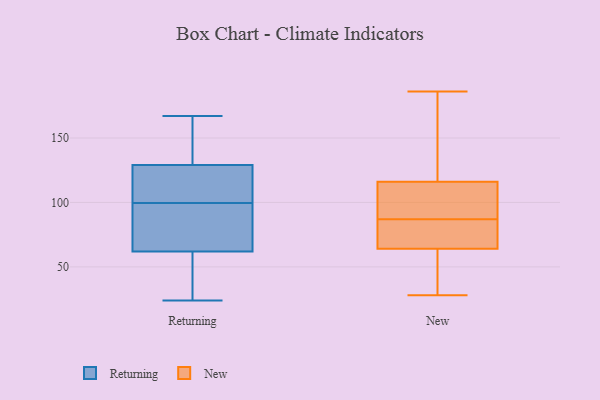
{"axis": {"x": "Market Share (%)", "y": "Value"}, "legend": ["New", "Returning"], "data": [{"x": "", "y": 54, "type": "Returning"}, {"x": "", "y": 102, "type": "Returning"}, {"x": "", "y": 123, "type": "Returning"}, {"x": "", "y": 116, "type": "Returning"}, {"x": "", "y": 129, "type": "Returning"}, {"x": "", "y": 153, "type": "Returning"}, {"x": "", "y": 24, "type": "Returning"}, {"x": "", "y": 123, "type": "Returning"}, {"x": "", "y": 34, "type": "Returning"}, {"x": "", "y": 97, "type": "Returning"}, {"x": "", "y": 136, "type": "Returning"}, {"x": "", "y": 167, "type": "Returning"}, {"x": "", "y": 91, "type": "Returning"}, {"x": "", "y": 84, "type": "Returning"}, {"x": "", "y": 38, "type": "Returning"}, {"x": "", "y": 97, "type": "Returning"}, {"x": "", "y": 62, "type": "Returning"}, {"x": "", "y": 149, "type": "Returning"}, {"x": "", "y": 73, "type": "New"}, {"x": "", "y": 143, "type": "New"}, {"x": "", "y": 116, "type": "New"}, {"x": "", "y": 112, "type": "New"}, {"x": "", "y": 139, "type": "New"}, {"x": "", "y": 97, "type": "New"}, {"x": "", "y": 84, "type": "New"}, {"x": "", "y": 186, "type": "New"}, {"x": "", "y": 90, "type": "New"}, {"x": "", "y": 28, "type": "New"}, {"x": "", "y": 79, "type": "New"}, {"x": "", "y": 64, "type": "New"}, {"x": "", "y": 58, "type": "New"}, {"x": "", "y": 40, "type": "New"}]}